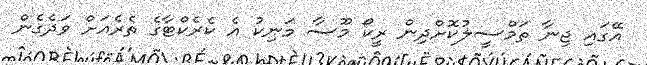
އޭގައި ޖިނާ ތަމްސީލުކޮށްދިން ރީކޯ މޫސާ މަނިކު އެ ކެރެކްޓާގެ ތެރެއަށް ވަދެގެން